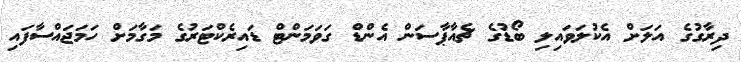
ދިރާގުގެ އަލަށް އެކުލަވައިލި ބޯޑުގެ ޗެއާޕާސަން އެންޑް ގަވަމަންޓް ޑައިރެކްޓަރުގެ މަގާމަށް ހަމަޖައްސާފައި